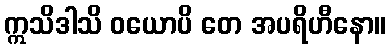
ဣသိဒါသိ ဝယောပိ တေ အပရိဟီနော။